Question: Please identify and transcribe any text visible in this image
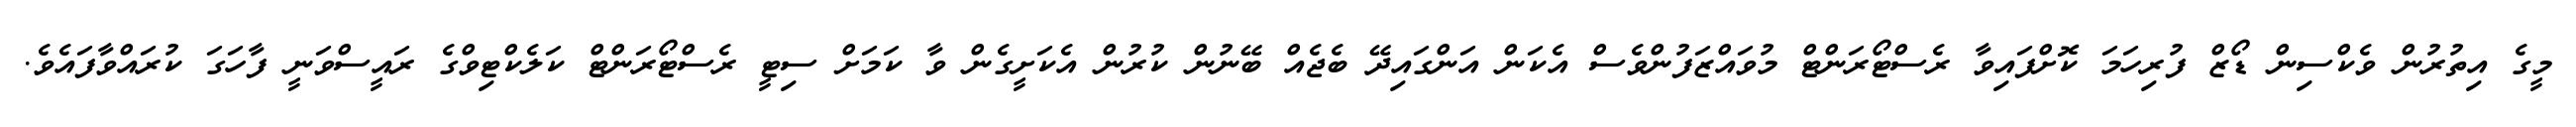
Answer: މީގެ އިތުރުން ވެކްސިން ޑޯޒް ފުރިހަމަ ކޮށްފައިވާ ރެސްޓޯރަންޓް މުވައްޒަފުންވެސް އެކަން އަންގައިދޭ ބެޖެއް ބޭނުން ކުރުން އެކަށީގެން ވާ ކަމަށް ސިޓީ ރެސްޓޯރަންޓް ކަލެކްޓިވްގެ ރައީސްވަނީ ފާހަގަ ކުރައްވާފައެވެ.